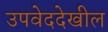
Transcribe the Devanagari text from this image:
उपवेददेखील